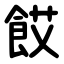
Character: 餀